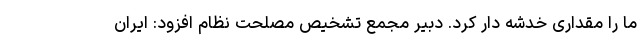
ما را مقداری خدشه دار کرد. دبیر مجمع تشخیص مصلحت نظام افزود: ایران